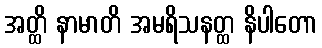
အတ္ထိ နာမာတိ အမရိသနတ္ထ နိပါတော